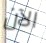
الآن